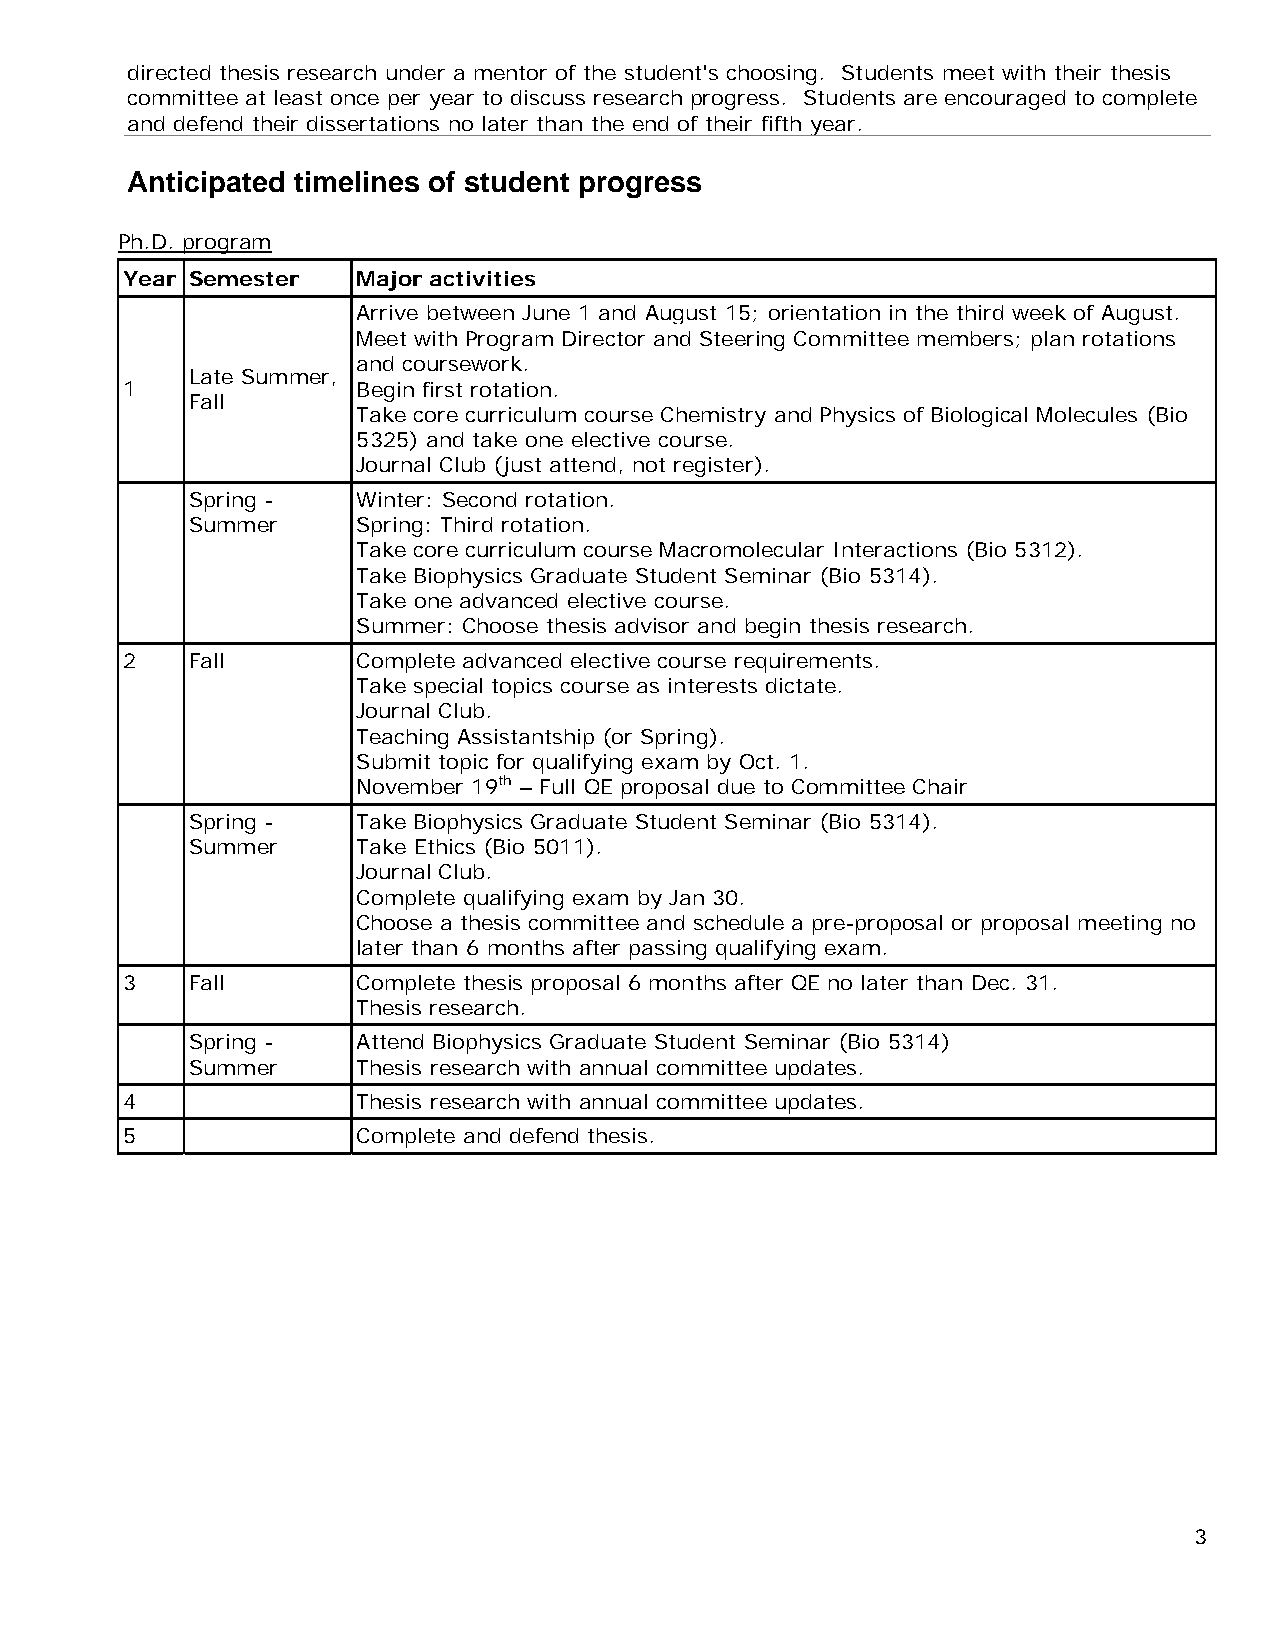
directed thesis research under a mentor of the student's choosing. Students meet with their thesis
 committee at least once per year to discuss research progress. Students are encouraged to complete
 and defend their dissertations no later than the end of their fifth year.
 Anticipated timelines of student progress
 Ph.D. program
 Year Semester   Major activities
 Arrive between June 1 and August 15; orientation in the third week of August.
 Meet with Program Director and Steering Committee members; plan rotations
 and coursework.
 Late Summer,
 1               Begin first rotation.
 Fall
 Take core curriculum course Chemistry and Physics of Biological Molecules (Bio
 5325) and take one elective course.
 Journal Club (just attend, not register).
 Spring -    Winter: Second rotation.
 Summer      Spring: Third rotation.
 Take core curriculum course Macromolecular Interactions (Bio 5312).
 Take Biophysics Graduate Student Seminar (Bio 5314).
 Take one advanced elective course.
 Summer: Choose thesis advisor and begin thesis research.
 2   Fall        Complete advanced elective course requirements.
 Take special topics course as interests dictate.
 Journal Club.
 Teaching Assistantship (or Spring).
 Submit topic for qualifying exam by Oct. 1.
 November 19th – Full QE proposal due to Committee Chair
 Spring -    Take Biophysics Graduate Student Seminar (Bio 5314).
 Summer      Take Ethics (Bio 5011).
 Journal Club.
 Complete qualifying exam by Jan 30.
 Choose a thesis committee and schedule a pre-proposal or proposal meeting no
 later than 6 months after passing qualifying exam.
 3   Fall        Complete thesis proposal 6 months after QE no later than Dec. 31.
 Thesis research.
 Spring -    Attend Biophysics Graduate Student Seminar (Bio 5314)
 Summer      Thesis research with annual committee updates.
 4               Thesis research with annual committee updates.
 5               Complete and defend thesis.
 3